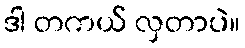
ဒါ တကယ် လှတာပဲ။